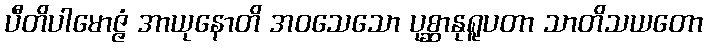
ပီတိပါမောဇ္ဇံ အာယုနောတိ အဝသေသော ပုစ္ဆာနုရူပတာ သာတိသယတော